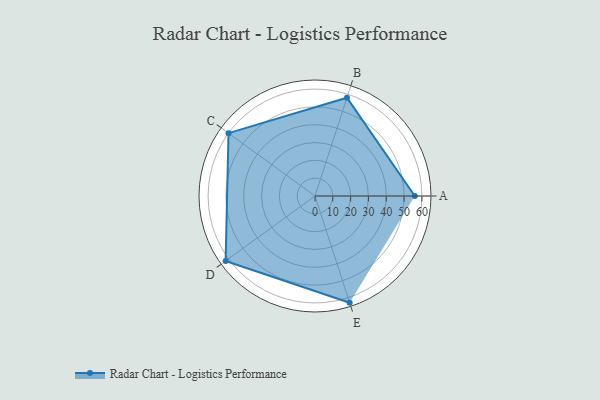
{"axis": {"x": "Skill", "y": "Score"}, "legend": ["Profile"], "data": [{"x": "A", "y": 56.0, "type": "Profile"}, {"x": "B", "y": 58.0, "type": "Profile"}, {"x": "C", "y": 60.0, "type": "Profile"}, {"x": "D", "y": 62.0, "type": "Profile"}, {"x": "E", "y": 63.0, "type": "Profile"}]}